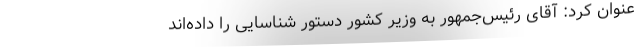
عنوان کرد: آقای رئیس‌جمهور به وزیر کشور دستور شناسایی را داده‌اند